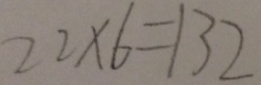
2 2 \times 6 = 1 3 2